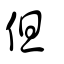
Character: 但